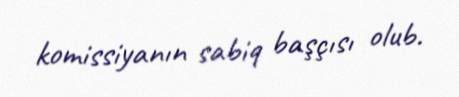
komissiyanın sabiq başçısı olub.